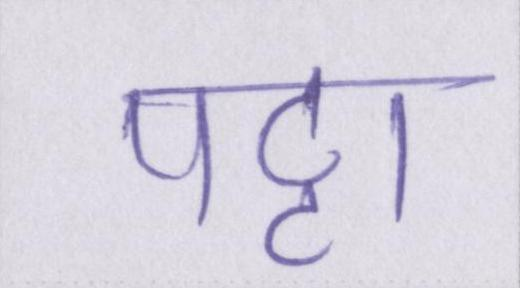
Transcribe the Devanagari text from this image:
पट्टा